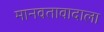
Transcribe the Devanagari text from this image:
मानवतावादाला